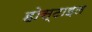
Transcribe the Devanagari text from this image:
होस्टाइल